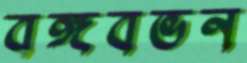
বঙ্গবভন